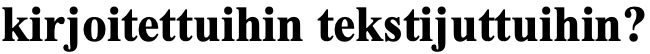
kirjoitettuihin tekstijuttuihin?